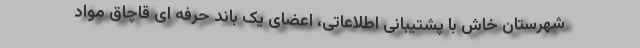
شهرستان خاش با پشتیبانی اطلاعاتی، اعضای یک باند حرفه ای قاچاق مواد